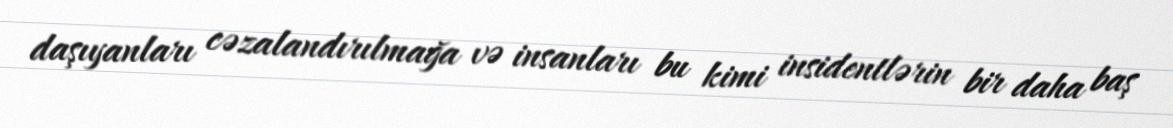
daşıyanları cəzalandırılmağa və insanları bu kimi insidentlərin bir daha baş